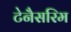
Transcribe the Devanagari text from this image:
टेनैसरिम